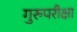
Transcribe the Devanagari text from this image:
गुरुपरीक्षा